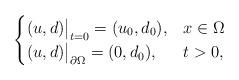
LaTeX: \begin{align*}\begin{cases}(u,d)\big|_{t=0}=(u_0,d_0), & x\in\Omega\\(u,d)\big|_{\partial\Omega}=(0, d_0), & t>0,\end{cases}\end{align*}